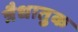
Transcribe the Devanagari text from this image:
त्रैधातुक